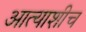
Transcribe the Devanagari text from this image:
आत्याशीच